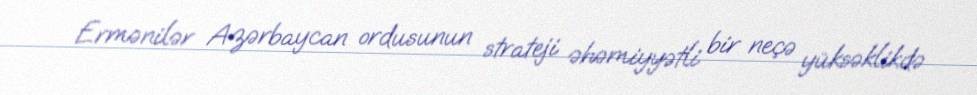
Ermənilər Azərbaycan ordusunun strateji əhəmiyyətli bir neçə yüksəklikdə